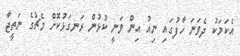
އެކަމަކު ދެވަނަ ހާފުގައި ނިއު އިން ވަނީ ކުޅުން ރަނގަޅުކޮށް މެޗުގެ ނަތީޖާ